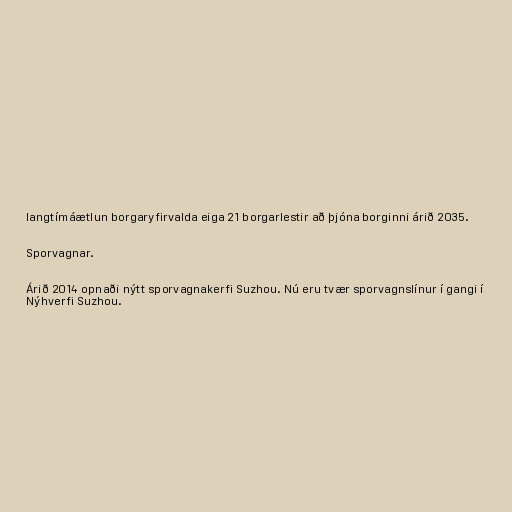
langtímáætlun borgaryfirvalda eiga 21 borgarlestir að þjóna borginni árið 2035.

Sporvagnar.

Árið 2014 opnaði nýtt sporvagnakerfi Suzhou. Nú eru tvær sporvagnslínur í gangi í
Nýhverfi Suzhou.